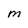
Character: M